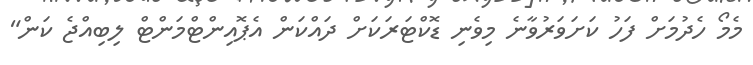
މެމޯ ހެދުމަށް ފަހު ކަށަވަރުވާނެ މިވެނި ޑޮކްޓަރަކަށް ދައްކަން އެޕޮއިންޓްމަންޓް ލިބިއްޖެ ކަން"